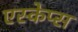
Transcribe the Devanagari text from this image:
एस्केप्स